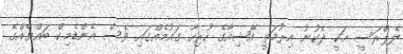
ލެޕްރަސީ އަކީ ދެކުނު އިރުމަތީ އޭޝިއާގެ ހުރިހާ ގައުމެއްގައި ވެސް އެންޑެމިކް ބައްޔެއްގެ